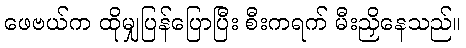
ဖေဗယ်က ထိုမျှပြန်ပြောပြီး စီးကရက် မီးညှိနေသည်။